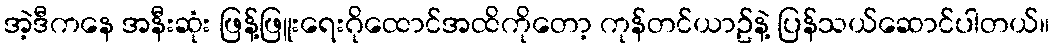
အဲ့ဒီကနေ အနီးဆုံး ဖြန့်ဖြူးရေးဂိုထောင်အထိကိုတော့ ကုန်တင်ယာဥ်နဲ့ ပြန်သယ်ဆောင်ပါတယ်။